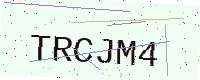
Text: TRCJM4